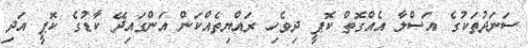
ސަނަދުތަކުގެ އަސްލާ އެއްގޮތް ކޮޕީ ދިވެހި ރައްޔިތެއްކަން އަންގައިދޭ ކާޑުގެ ކޮޕީ އަދި